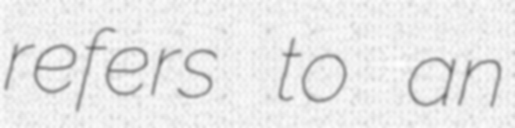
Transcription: refers to an